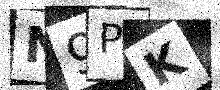
Text: N9PK